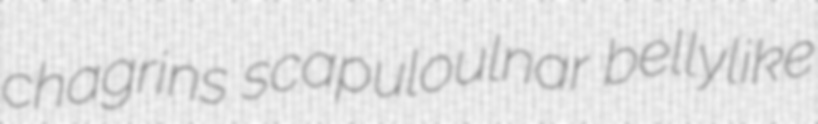
chagrins scapuloulnar bellylike